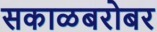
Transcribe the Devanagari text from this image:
सकाळबरोबर